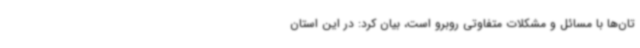
تان‌ها با مسائل و مشکلات متفاوتی روبرو است، بیان کرد: در این استان